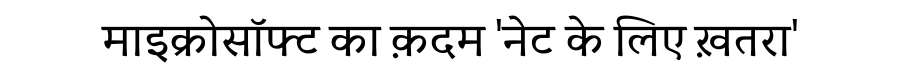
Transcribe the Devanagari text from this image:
माइक्रोसॉफ्ट का क़दम 'नेट के लिए ख़तरा'